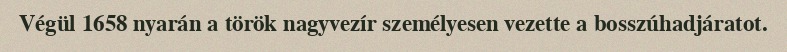
Végül 1658 nyarán a török nagyvezír személyesen vezette a bosszúhadjáratot.